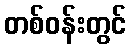
တစ်ဝန်းတွင်